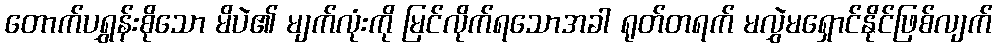
တောက်ပရွှန်းစိုသော မိပဲ၏ မျက်လုံးကို မြင်လိုက်ရသောအခါ ရုတ်တရက် မလွှဲမရှောင်နိုင်ဖြစ်လျက်